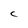
Character: C